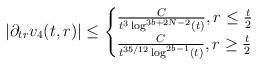
LaTeX: \begin{align*} |\partial_{tr}v_{4}(t,r)| \leq \begin{cases} \frac{C}{t^{3} \log^{3b+2N-2}(t)}, r \leq \frac{t}{2}\\ \frac{C}{t^{35/12} \log^{2b-1}(t)}, r \geq \frac{t}{2}\end{cases}\end{align*}